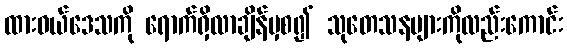
ထားဝယ်ဒေသကို ရောက်ရှိလာချိန်မှစ၍ သုတေသနများကိုလည်းကောင်း